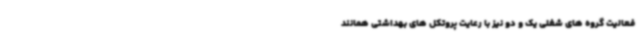
فعالیت گروه های شغلی یک و دو نیز با رعایت پروتکل های بهداشتی همانند